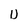
Character: U